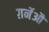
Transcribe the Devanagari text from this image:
ग़र्नेऔ